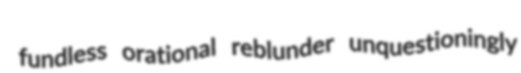
fundless orational reblunder unquestioningly